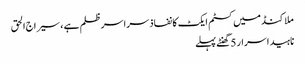
ملاکنڈ میں کسٹم ایکٹ کا نفاذ سراسر ظلم ہے ، سیراج الحق
ناہید اسرار 5 گھنٹے پہلے